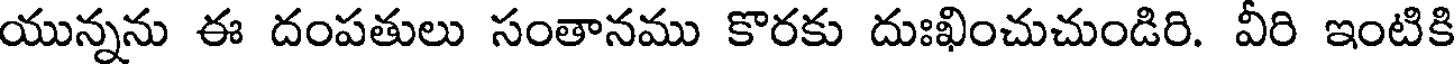
యున్నను ఈ దంపతులు సంతానము కొరకు దుఃఖించుచుండిరి. వీరి ఇంటికి